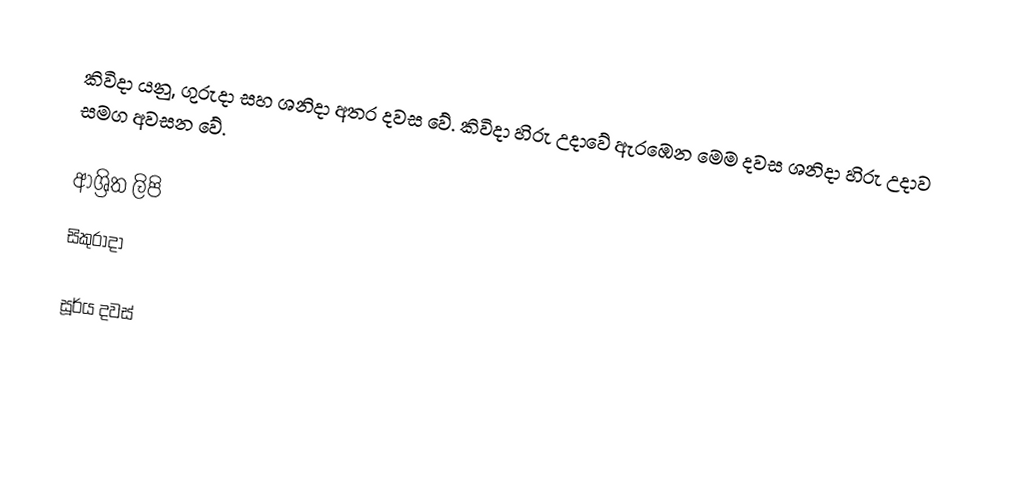
කිවිදා යනු, ගුරුදා සහ ශනිදා අතර දවස වේ. කිවිදා හිරු උදාවේ ඇරඹෙන මෙම දවස ශනිදා හිරු උදාව සමග අවසන වේ.

ආශ්‍රිත ලිපි
 සිකුරාදා

සූර්ය දවස්